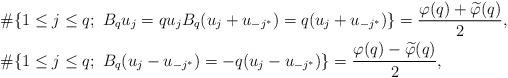
LaTeX: \begin{align*}& \# \{ 1 \leq j \leq q; \ B_q u_j=q u_j B_q (u_j+u_{-j^*})=q (u_j+u_{-j^*}) \}= \frac{\varphi(q)+\widetilde{\varphi} (q)}{2}, \\& \# \{ 1 \leq j \leq q; \ B_q (u_j-u_{-j^*})=-q (u_j-u_{-j^*}) \}=\frac{\varphi(q)-\widetilde{\varphi} (q)}{2} ,\end{align*}